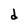
Character: d